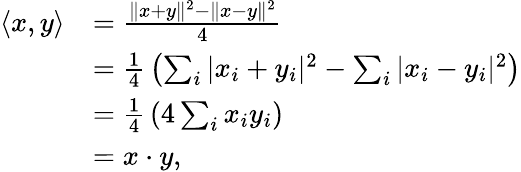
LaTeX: {\begin{array}{rl}{\langle x,y\rangle}&{={\frac{\| x+y\| ^{2}-\| x-y\| ^{2}}{4}}}\\ &{={\frac{1}{4}}\left(\sum_{i}|x_{i}+y_{i}|^{2}-\sum_{i}|x_{i}-y_{i}|^{2}\right)}\\ &{={\frac{1}{4}}\left(4\sum_{i}x_{i}y_{i}\right)}\\ &{=x\cdot y,}\end{array}}